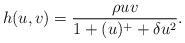
LaTeX: \begin{align*}h(u,v)=\frac{\rho uv}{1+(u)^{+}+\delta u^{2}} . \end{align*}